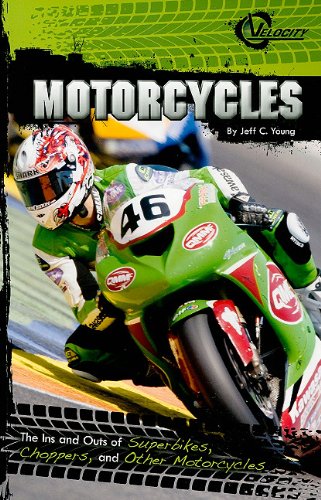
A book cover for Motorcycles: The Ins and Outs of Superbikes, Choppers, and Other Motorcycles (RPM); Jeff C Young; Children's Books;